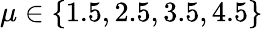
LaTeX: \mu\in\{ 1.5,2.5,3.5,4.5\}